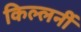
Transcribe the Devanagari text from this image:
किल्लर्नी